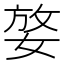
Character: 𡝶